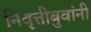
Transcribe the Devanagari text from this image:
निवृत्तीबुवांनी